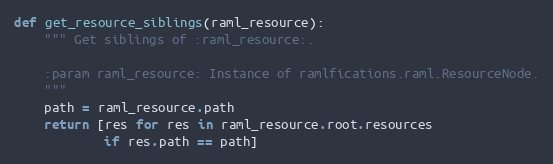
Language: Python
def get_resource_siblings(raml_resource):
    """ Get siblings of :raml_resource:.

    :param raml_resource: Instance of ramlfications.raml.ResourceNode.
    """
    path = raml_resource.path
    return [res for res in raml_resource.root.resources
            if res.path == path]